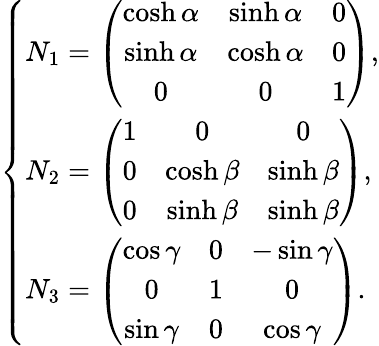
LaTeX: \left\{ \begin{array}{l}{{N_{1}=\left(\begin{array}{ccc}{{\cosh\alpha}}&{{\sinh\alpha}}&{{0}}\\ {{\sinh\alpha}}&{{\cosh\alpha}}&{{0}}\\ {{0}}&{{0}}&{{1}}\end{array}\right),}}\\ {{N_{2}=\left(\begin{array}{ccc}{{1}}&{{0}}&{{0}}\\ {{0}}&{{\cosh\beta}}&{{\sinh\beta}}\\ {{0}}&{{\sinh\beta}}&{{\sinh\beta}}\end{array}\right),}}\\ {{N_{3}=\left(\begin{array}{ccc}{{\cos\gamma}}&{{0}}&{{-\sin\gamma}}\\ {{0}}&{{1}}&{{0}}\\ {{\sin\gamma}}&{{0}}&{{\cos\gamma}}\end{array}\right).}}\end{array}\right.